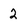
Character: 2